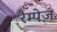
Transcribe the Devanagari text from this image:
रैम्पेज़